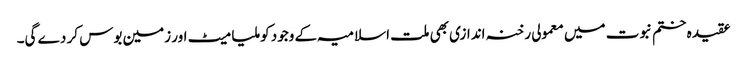
عقیدہ ختم نبوت میں معمولی رخنہ اندازی بھی ملت اسلامیہ کے وجود کو ملیا میٹ اور زمین بوس کر دے گی۔